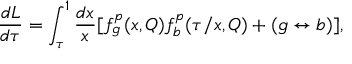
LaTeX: \frac { d L } { d \tau } = \int _ { \tau } ^ { 1 } \frac { d x } { x } [ f _ { g } ^ { p } ( x , Q ) f _ { b } ^ { p } ( \tau / x , Q ) + ( g \leftrightarrow b ) ] ,